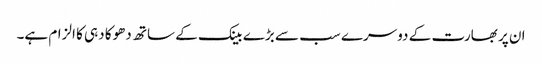
ان پر بھارت کے دوسرے سب سے بڑے بینک کے ساتھ دھوکا دہی کا الزام ہے۔